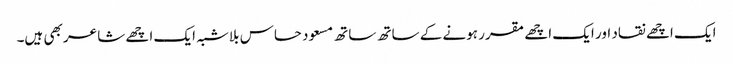
ایک اچھے نقاد اور ایک اچھے مقرر ہونے کے ساتھ ساتھ مسعود حساس بلاشبہ ایک اچھے شاعر بھی ہیں۔